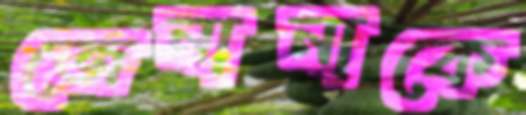
জেনানাকে